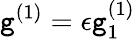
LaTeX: \mathtt{g}^{(1)}=\epsilon\mathtt{g}_{1}^{(1)}